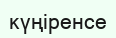
күңіренсе